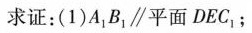
求证：(1)A_{1}B_{1}\parallel 平面DEC_{1}；